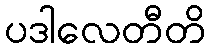
ပဒါလေတီတိ